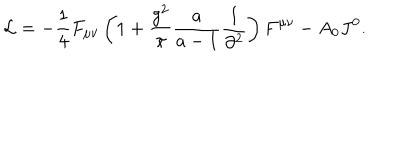
{ \cal L } = - \frac { 1 } { 4 } F _ { \mu \nu } \left( { 1 + \frac { { g ^ { 2 } } } { \pi } \frac { a } { { a - 1 } } \frac { 1 } { { \partial ^ { 2 } } } } \right) F ^ { \mu \nu } - A _ { 0 } J ^ { 0 } .